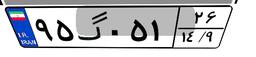
۹۵گ۰۵۱۲۶